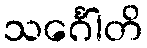
သင်္ဂေါတိ